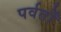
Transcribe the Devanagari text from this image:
पर्वर्तों